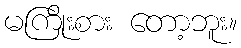
မကြိုးစား တော့ဘူး။